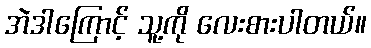
အဲဒါကြောင့် သူ့ကို လေးစားပါတယ်။